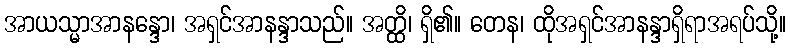
အာယသ္မာအာနန္ဒော၊ အရှင်အာနန္ဒာသည်။ အတ္ထိ၊ ရှိ၏။ တေန၊ ထိုအရှင်အာနန္ဒာရှိရာအရပ်သို့။